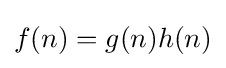
f(n)=g(n)h(n)